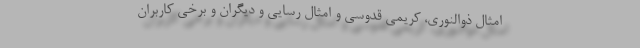
امثال ذوالنوری، کریمی قدوسی و امثال رسایی و دیگران و برخی کاربران